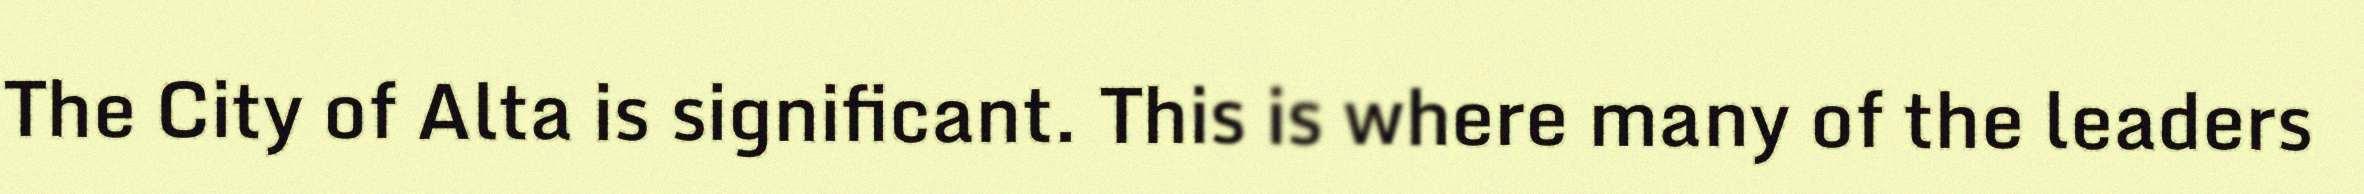
The City of Alta is significant. This is where many of the leaders